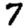
Digit: 7